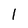
Character: l